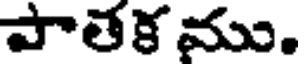
పాతక ము.